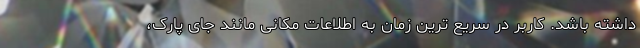
داشته باشد. کاربر در سریع ترین زمان به اطلاعات مکانی مانند جای پارک،